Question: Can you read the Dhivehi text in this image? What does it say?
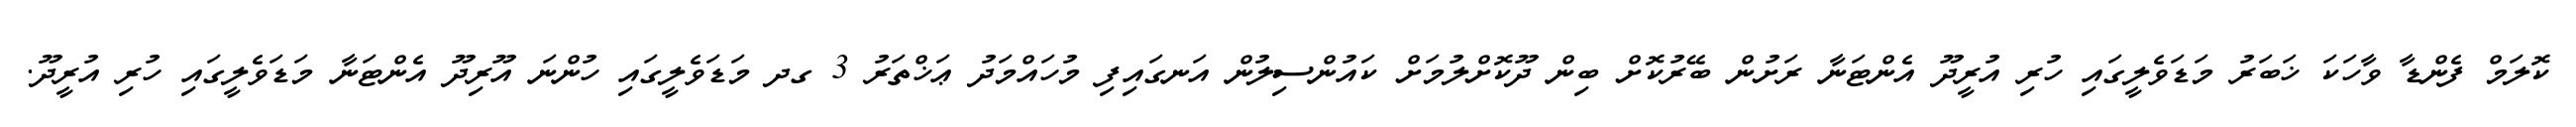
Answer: ކޮލަމް ފެންޑާ ވާހަކަ ޚަބަރު މަޑަވެލީގައި ހުރި އުރީދޫ އެންޓަނާ ރަށުން ބޭރުކޮށް ބިން ދޫކޮށްލުމަށް ކައުންސިލުން އަނގައިފި މުހައްމަދު ޢަޚްތަރު 3 ގދ މަޑަވެލީގައި ހުންނަ އޫރިދޫ އެންޓަނާ މަޑަވެލީގައި ހުރި އުރީދޫ.